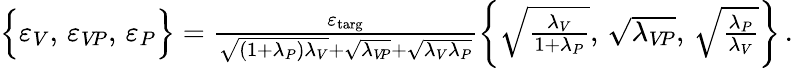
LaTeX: \begin{array}{r}{\left\lbrace\vphantom{\frac{\sum_{1}}{\sum_{1}}}\varepsilon_{V},\, \varepsilon_{V\! P},\, \varepsilon_{P}\right\rbrace=\frac{\varepsilon_{\mathrm{targ}}}{\sqrt{(1+\lambda_{P})\lambda_{V}}+\sqrt{\lambda_{V\! P}}+\sqrt{\lambda_{V}\lambda_{P}}}\left\lbrace\vphantom{\frac{\sum_{1}}{\sum_{1}}}\sqrt{\frac{\lambda_{V}}{1+\lambda_{P}}},\, \sqrt{\lambda_{V\! P}},\, \sqrt{\frac{\lambda_{P}}{\lambda_{V}}}\right\rbrace\, .}\end{array}